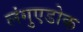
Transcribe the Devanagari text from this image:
लंगुएडोक